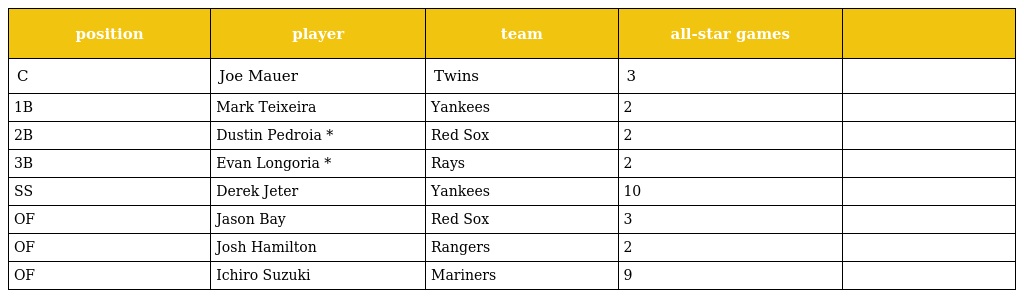
| position | player | team | all-star games |  |
 | --- | --- | --- | --- | --- |
 | C | Joe Mauer | Twins | 3 |  |
 | 1B | Mark Teixeira | Yankees | 2 |  |
 | 2B | Dustin Pedroia * | Red Sox | 2 |  |
 | 3B | Evan Longoria * | Rays | 2 |  |
 | SS | Derek Jeter | Yankees | 10 |  |
 | OF | Jason Bay | Red Sox | 3 |  |
 | OF | Josh Hamilton | Rangers | 2 |  |
 | OF | Ichiro Suzuki | Mariners | 9 |  |